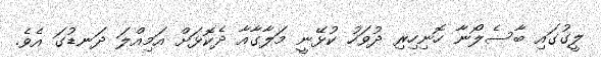
ލީގުގައި ބާސެލޯނާ ހޮނިހިރި ދުވަހު ކުޅޭނީ މަލާގާއާ ދެކޮޅަށް އަމިއްލަ ދަނޑުގަ އެވެ.